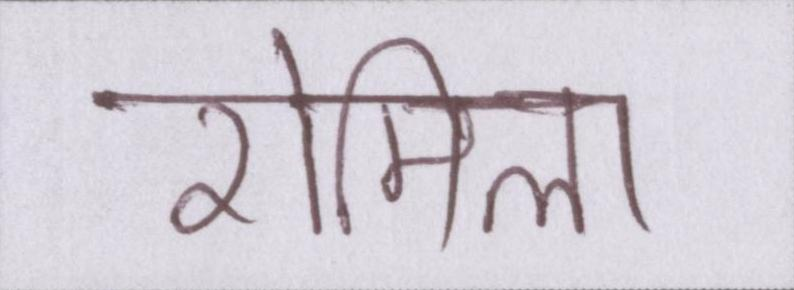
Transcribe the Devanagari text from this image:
रोमिला